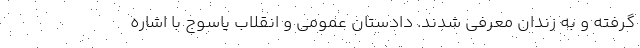
گرفته و به زندان معرفی شدند. دادستان عمومی و انقلاب یاسوج با اشاره